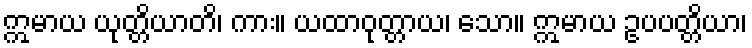
ဣမာယ ယုတ္တိယာတိ၊ ကား။ ယထာဝုတ္တာယ၊ သော။ ဣမာယ ဥပပတ္တိယာ၊